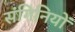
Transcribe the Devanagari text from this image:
संगिनियों